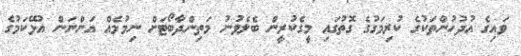
ވައިގެ އުދުހުންތަކުގެ ކުރިމަގުގެ ގޮތުގައި މީގެކުރީން ބެލެވުނު މަތިންދާބޯޓަށް ނިމުމެއް އަންނަން އުޅޭކަމުގެ